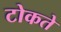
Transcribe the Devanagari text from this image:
टोकते